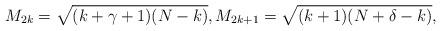
LaTeX: \begin{align*}M_{2k}=\sqrt{(k+\gamma+1)(N-k)}, M_{2k+1}=\sqrt{(k+1)(N+\delta-k)},\end{align*}